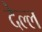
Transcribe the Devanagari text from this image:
देल्ल